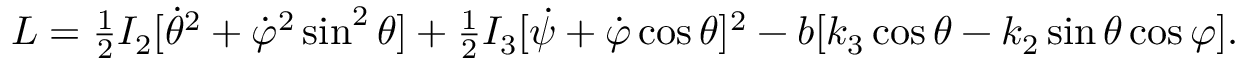
\begin{array} { r } { L = \frac 1 2 I _ { 2 } [ \dot { \theta } ^ { 2 } + \dot { \varphi } ^ { 2 } \sin ^ { 2 } \theta ] + \frac 1 2 I _ { 3 } [ \dot { \psi } + \dot { \varphi } \cos \theta ] ^ { 2 } - b [ k _ { 3 } \cos \theta - k _ { 2 } \sin \theta \cos \varphi ] . } \end{array}